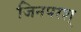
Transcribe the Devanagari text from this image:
जिनपरश्